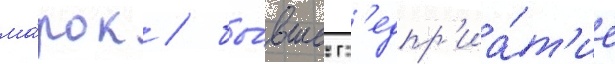
ма́рок / бы́вшее пр'едпр'иа́т'ие